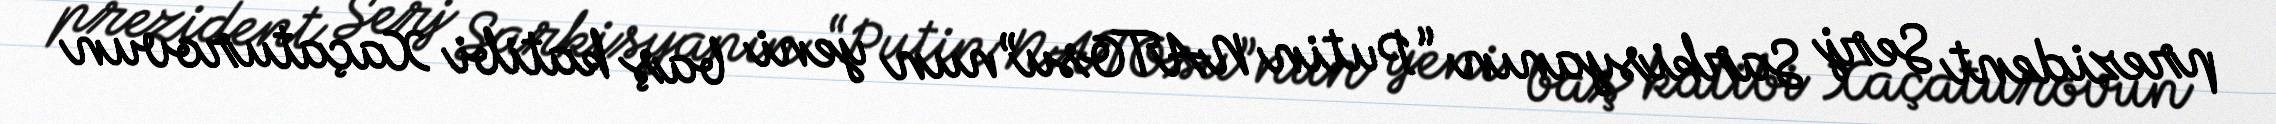
prezident Serj Sarkisyanın “Putin NATOsu”nun yeni baş katibi Xaçaturovun